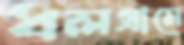
ধলগ্রামে